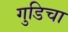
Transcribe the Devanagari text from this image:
गुडिचा